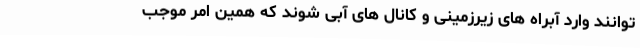
توانند وارد آبراه های زیرزمینی و کانال های آبی شوند که همین امر موجب